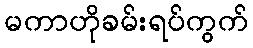
မကာဟိုခမ်းရပ်ကွက်